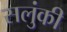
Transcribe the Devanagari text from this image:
सलुंकी